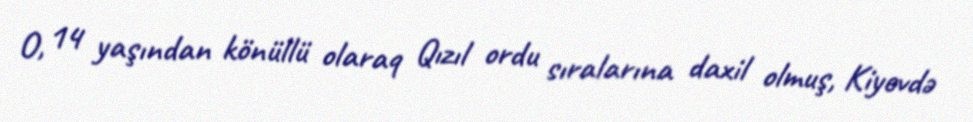
O, 14 yaşından könüllü olaraq Qızıl ordu sıralarına daxil olmuş, Kiyevdə